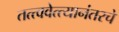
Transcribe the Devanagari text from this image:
तत्त्ववेत्त्यानंतरचे